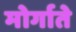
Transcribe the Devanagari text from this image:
मोर्गाते